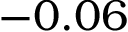
- 0 . 0 6